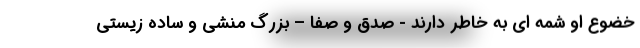
خضوع او شمه ای به خاطر دارند - صدق و صفا – بزرگ منشی و ساده زیستی